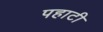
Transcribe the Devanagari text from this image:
पहाटी